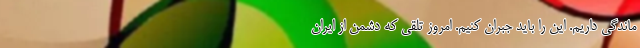
ماندگی داریم. این را باید جبران کنیم. امروز تلقی که دشمن از ایران